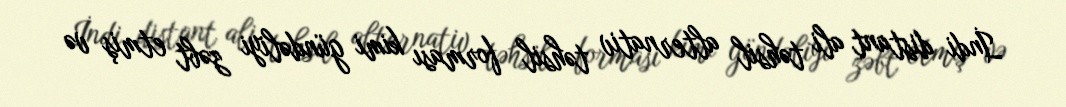
İndi distant ali təhsil alternativ təhsil forması kimi gündəliyi zəbt etmiş və